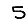
Digit: 5